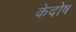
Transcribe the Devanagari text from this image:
केदोष